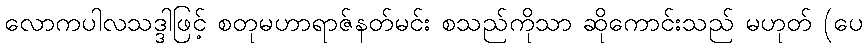
လောကပါလသဒ္ဒါဖြင့် စတုမဟာရာဇ်နတ်မင်း စသည်ကိုသာ ဆိုကောင်းသည် မဟုတ် (ပေ